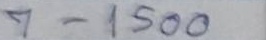
7 - 1500